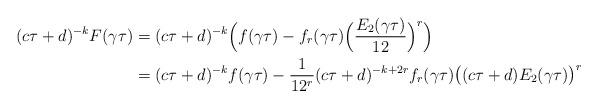
LaTeX: \begin{align*}(c\tau+d)^{-k}F(\gamma\tau)&= (c\tau + d)^{-k}\Big(f(\gamma\tau) - f_r(\gamma\tau)\Big(\frac{E_2(\gamma\tau)}{12}\Big)^r\Big) \\&= (c\tau + d)^{-k}f(\gamma\tau) - \frac{1}{12^r}(c \tau + d)^{-k+2r}f_r(\gamma\tau)\big((c\tau + d)E_2(\gamma\tau)\big)^r\end{align*}